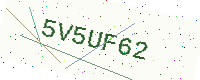
Text: 5V5UF62